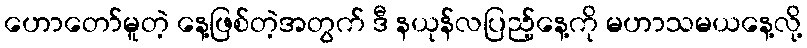
ဟောတော်မူတဲ့ နေ့ဖြစ်တဲ့အတွက် ဒီ နယုန်လပြည့်နေ့ကို မဟာသမယနေ့လို့